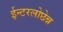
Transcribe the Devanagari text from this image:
ईन्टरलोछेन्न